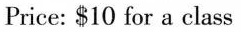
Price: $10 for a class